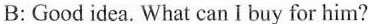
B: Good idea. What can I buy for him?